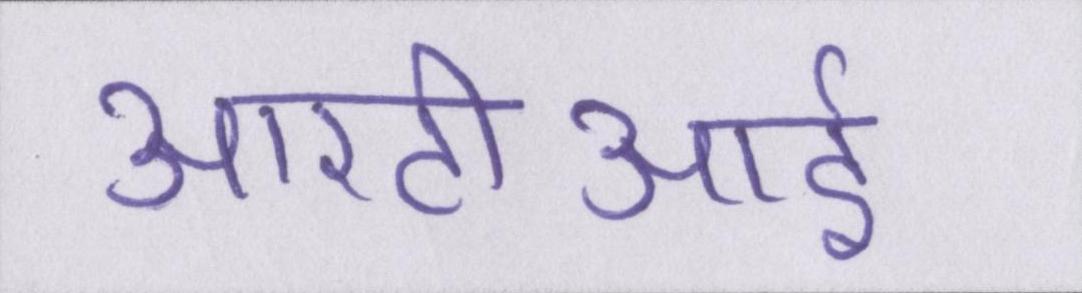
आरटीआई